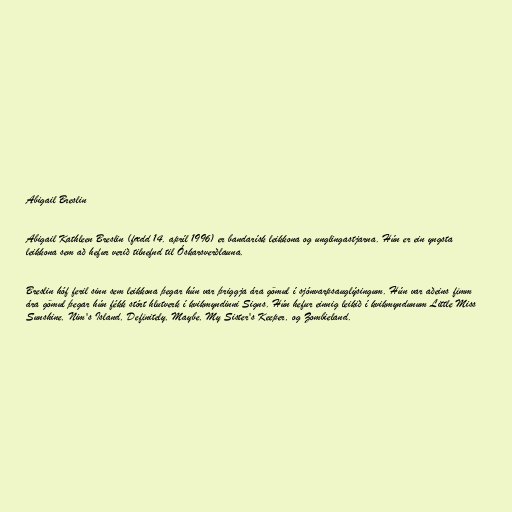
Abigail Breslin

Abigail Kathleen Breslin (fædd 14. apríl 1996) er bandarísk leikkona og unglingastjarna. Hún er ein yngsta
leikkona sem að hefur verið tilnefnd til Óskarsverðlauna.

Breslin hóf feril sinn sem leikkona þegar hún var þriggja ára gömul í sjónvarpsauglýsingum. Hún var aðeins fimm
ára gömul þegar hún fékk stórt hlutverk í kvikmyndinni Signs. Hún hefur einnig leikið í kvikmyndunum Little Miss
Sunshine, Nim's Island, Definitely, Maybe, My Sister's Keeper, og Zombieland.